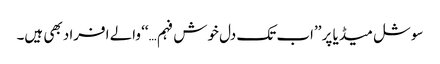
سوشل میڈیا پر ’’اب تک دل خوش فہم…‘‘ والے افراد بھی ہیں۔